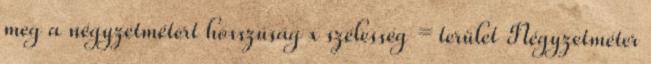
meg a négyzetmétert hosszúság x szélesség = terület Négyzetméter